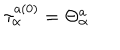
\tau _ { \alpha } ^ { a ( 0 ) } = \Theta _ { \alpha } ^ { a } \nonumber